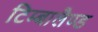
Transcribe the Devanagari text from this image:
टिम्बालैण्ड